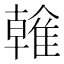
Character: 雗